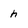
Character: h